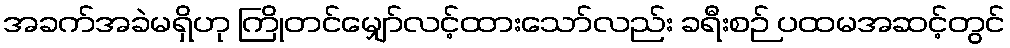
အခက်အခဲမရှိဟု ကြိုတင်မျှော်လင့်ထားသော်လည်း ခရီးစဉ် ပထမအဆင့်တွင်